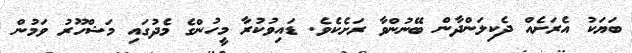
ބަޔަކު އެރަށެއް ދެކިލަންދާން ބޭނުންވާ ރަށެކެވެ. ޑައިވުކުރާ މީހުންގެ މެދުގައި މަޝްހޫރު ވަމުން